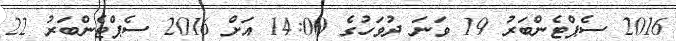
2016 ސެޕްޓެންބަރު 19 ވަނަ ދުވަހުގެ 14:00 އަށް 2016 ސެޕްޓެންބަރު 22